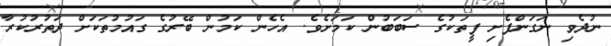
ނުދެވި ނަގަންފެށި ފީތަކުގެ ސަބަބުން ކަމަށެވެ. އެހެން ކަމުން ބޭރުގެ ގައުމުތަކަށް ދަތުރުކުރާ